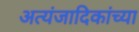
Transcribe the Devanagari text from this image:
अत्यंजादिकांच्या